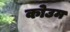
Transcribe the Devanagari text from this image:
कोउम